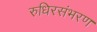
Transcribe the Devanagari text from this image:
रुधिरसंभरण